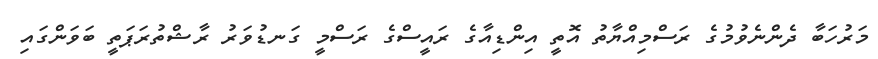
މަރުހަބާ ދެންނެވުމުގެ ރަސްމިއްޔާތު އޮތީ އިންޑިއާގެ ރައީސްގެ ރަސްމީ ގަނޑުވަރު ރާޝްތުރަޕަތީ ބަވަންގައި